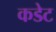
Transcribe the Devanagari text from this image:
कडेट